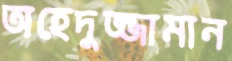
অহেদুজ্জামান